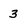
Character: 3